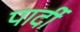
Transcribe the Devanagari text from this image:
पार्दी